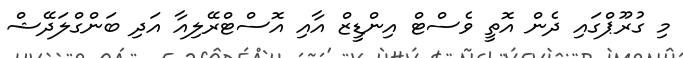
މި ގުރޫޕްގައި ދެން އޮތީ ވެސްޓް އިންޑީޒް އާއި އޮސްޓްރޭލިއާ އަދި ބަންގްލަދޭޝް